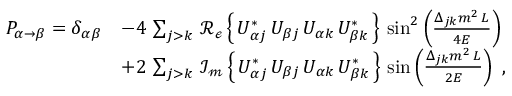
{ \begin{array} { r l } { P _ { \alpha \rightarrow \beta } = \delta _ { \alpha \beta } } & { - 4 \, \sum _ { j > k } \, \operatorname { \mathcal { R _ { e } } } \left\{ \, U _ { \alpha j } ^ { * } \, U _ { \beta j } \, U _ { \alpha k } \, U _ { \beta k } ^ { * } \, \right\} \, \sin ^ { 2 } \left( { \frac { \Delta _ { j k } m ^ { 2 } \, L } { 4 E } } \right) } \\ & { + 2 \, \sum _ { j > k } \, \operatorname { \mathcal { I _ { m } } } \left\{ \, U _ { \alpha j } ^ { * } \, U _ { \beta j } \, U _ { \alpha k } \, U _ { \beta k } ^ { * } \, \right\} \, \sin \left( { \frac { \Delta _ { j k } m ^ { 2 } \, L } { 2 E } } \right) ~ , } \end{array} }